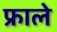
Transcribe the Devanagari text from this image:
फ्राले